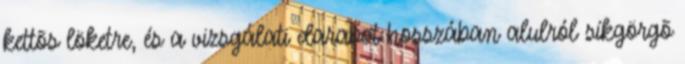
kettõs löketre, és a vizsgálati darabot hosszában alulról síkgörgõ